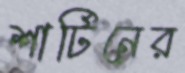
শার্টিনের